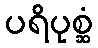
ပရိပုစ္ဆံ